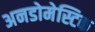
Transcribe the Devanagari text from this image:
अनडोमेस्टिक